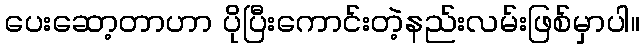
ပေးဆော့တာဟာ ပိုပြီးကောင်းတဲ့နည်းလမ်းဖြစ်မှာပါ။